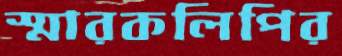
স্মারকলিপির